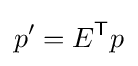
p'=E^{\mathsf {T}}p